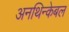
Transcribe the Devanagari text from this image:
अनथिन्केबल